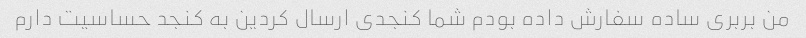
من بربری ساده سفارش داده بودم شما کنجدی ارسال کردین به کنجد حساسیت دارم